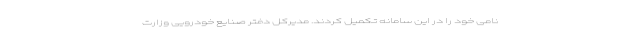
نامی خود را در این سامانه تکمیل کردند. مدیرکل دفتر صنایع خودرویی وزارت